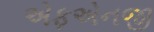
એફએનજી